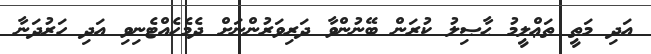
އަދި މަތީ ތަޢްލީމު ޙާޞިލު ކުރަން ބޭނުންވާ ދަރިވަރުންނަށް ދެމެހެއްޓެނިވި އަދި ހަރުދަނާ